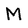
Character: M